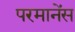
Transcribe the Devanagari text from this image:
परमानेंस